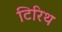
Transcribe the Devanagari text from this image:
टिरिथ